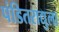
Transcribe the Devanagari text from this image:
पंडितराद्युला